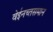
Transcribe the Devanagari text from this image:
वेईनच्तसमान